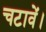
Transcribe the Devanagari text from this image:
चटावें।